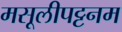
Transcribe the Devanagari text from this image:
मसूलीपट्टनम